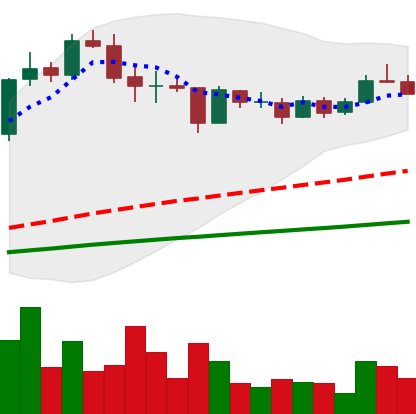
Ticker: LINK-USD
Chart end date: 2020-08-31
Forward return: -32.447%
Label: down_7plus